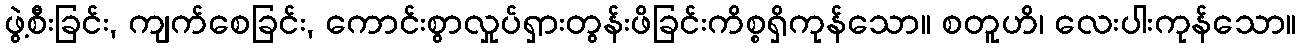
ဖွဲ့စီးခြင်း, ကျက်စေခြင်း, ကောင်းစွာလှုပ်ရှားတွန်းဖိခြင်းကိစ္စရှိကုန်သော။ စတူဟိ၊ လေးပါးကုန်သော။